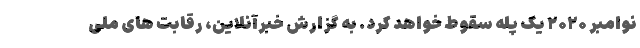
نوامبر ۲۰۲۰ یک پله سقوط خواهد کرد. به گزارش خبرآنلاین، رقابت های ملی